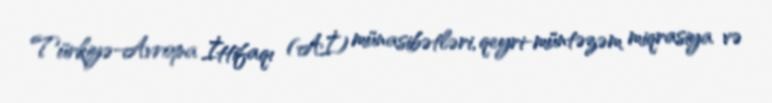
Türkiyə-Avropa İttifaqı (Aİ) münasibətləri, qeyri-müntəzəm miqrasiya və